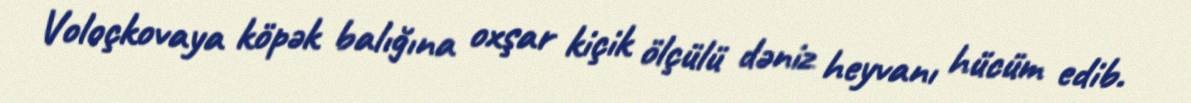
Voloçkovaya köpək balığına oxşar kiçik ölçülü dəniz heyvanı hücüm edib.